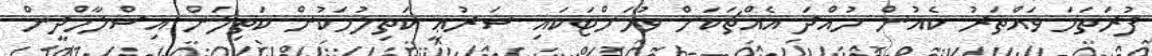
ފުރަތަމަ ވައްތަރު ކެއުން ހުއްދަ އެއްޗަކަށް ވުމަށްޓަކައި ޝަރުޢީ ކަތިލުމަކުން ކަތިލަން އިސްލާމްދީން